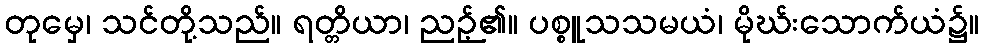
တုမှေ၊ သင်တို့သည်။ ရတ္တိယာ၊ ညဉ့်၏။ ပစ္စူသသမယံ၊ မိုဃ်းသောက်ယံ၌။